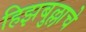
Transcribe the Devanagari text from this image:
हिझबुल्लाचे